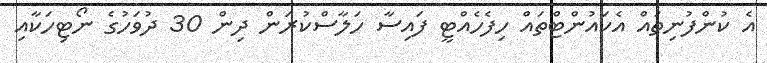
އެ ކުންފުނިތައް އެކައުންޓްތައް ހިފެހެއްޓީ ފައިސާ ހަލާސްކުރަން ދިން 30 ދުވަހުގެ ނޯޓިހަކާއި